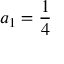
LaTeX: a _ { 1 } = { \frac { 1 } { 4 } }